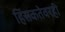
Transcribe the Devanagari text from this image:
हिंसकतेवरही